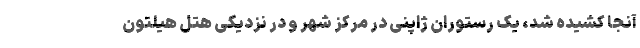
آنجا کشیده شد، یک رستوران ژاپنی در مرکز شهر و در نزدیکی هتل هیلتون